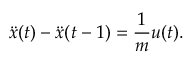
\ddot { x } ( t ) - \ddot { x } ( t - 1 ) = \frac { 1 } { m } u ( t ) .